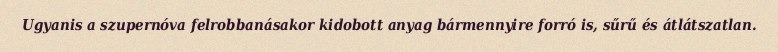
Ugyanis a szupernóva felrobbanásakor kidobott anyag bármennyire forró is, sűrű és átlátszatlan.